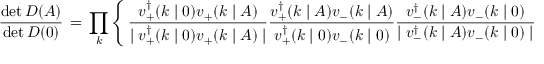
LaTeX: \frac { \operatorname * { d e t } D ( A ) } { \operatorname * { d e t } D ( 0 ) } \, = \, \prod _ { k } \left\{ \, \frac { v _ { + } ^ { \dagger } ( k \mid 0 ) v _ { + } ( k \mid A ) } { \mid v _ { + } ^ { \dagger } ( k \mid 0 ) v _ { + } ( k \mid A ) \mid } \frac { v _ { + } ^ { \dagger } ( k \mid A ) v _ { - } ( k \mid A ) } { v _ { + } ^ { \dagger } ( k \mid 0 ) v _ { - } ( k \mid 0 ) } \frac { v _ { - } ^ { \dagger } ( k \mid A ) v _ { - } ( k \mid 0 ) } { \mid v _ { - } ^ { \dagger } ( k \mid A ) v _ { - } ( k \mid 0 ) \mid } \, \right\} \; ,